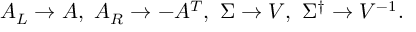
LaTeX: A _ { L } \to A , \ A _ { R } \to - A ^ { T } , \ \Sigma \to V , \ \Sigma ^ { \dagger } \to V ^ { - 1 } .